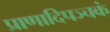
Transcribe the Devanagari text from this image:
प्राणादिपञ्चकं